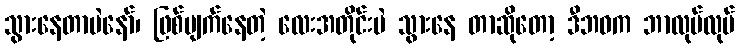
သွားနေတာပဲနော်၊ ဖြစ်ပျက်နေတဲ့ လေးအတိုင်းပဲ သွားနေ တာဆိုတော့ ဒီဘဝက ဘာလုပ်လုပ်